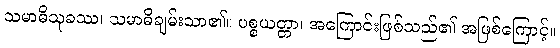
သမာဓိသုခဿ၊ သမာဓိချမ်းသာ၏။ ပစ္စယတ္တာ၊ အကြောင်းဖြစ်သည်၏ အဖြစ်ကြောင့်။